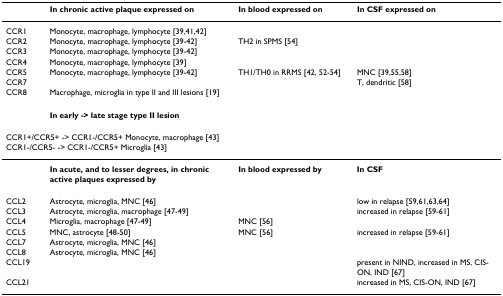
<table><thead><tr><td></td><td><b>In chronic active plaque expressed on</b></td><td><b>In blood expressed on</b></td><td><b>In CSF expressed on</b></td></tr></thead><tbody><tr><td>CCR1</td><td>Monocyte, macrophage, lymphocyte [39,41,42]</td><td></td><td></td></tr><tr><td>CCR2</td><td>Monocyte, macrophage, lymphocyte [39-42]</td><td>TH2 in SPMS [54]</td><td></td></tr><tr><td>CCR3</td><td>Monocyte, macrophage, lymphocyte [39-42]</td><td></td><td></td></tr><tr><td>CCR4</td><td>Monocyte, macrophage, lymphocyte [39]</td><td></td><td></td></tr><tr><td>CCR5</td><td>Monocyte, macrophage, lymphocyte [39-42]</td><td>TH1/TH0 in RRMS [42, 52-54]</td><td>MNC [39,55,58]</td></tr><tr><td>CCR7</td><td></td><td></td><td>T, dendritic [58]</td></tr><tr><td>CCR8</td><td>Macrophage, microglia in type II and III lesions [19]</td><td></td><td></td></tr><tr><td></td><td><b>In early -&gt; late stage type II lesion</b></td><td></td><td></td></tr><tr><td colspan="2">CCR1+/CCR5+ -&gt; CCR1-/CCR5+ Monocyte, macrophage [43]</td><td></td><td></td></tr><tr><td colspan="2">CCR1-/CCR5- -&gt; CCR1-/CCR5+ Microglia [43]</td><td></td><td></td></tr><tr><td></td><td><b>In acute, and to lesser degrees, in chronic active plaques expressed by</b></td><td><b>In blood expressed by</b></td><td><b>In CSF</b></td></tr><tr><td>CCL2</td><td>Astrocyte, microglia, MNC [46]</td><td></td><td>low in relapse [59,61,63,64]</td></tr><tr><td>CCL3</td><td>Astrocyte, microglia, macrophage [47-49]</td><td></td><td>increased in relapse [59-61]</td></tr><tr><td>CCL4</td><td>Microglia, macrophage [47-49]</td><td>MNC [56]</td><td></td></tr><tr><td>CCL5</td><td>MNC, astrocyte [48-50]</td><td>MNC [56]</td><td>increased in relapse [59-61]</td></tr><tr><td>CCL7</td><td>Astrocyte, microglia, MNC [46]</td><td></td><td></td></tr><tr><td>CCL8</td><td>Astrocyte, microglia, MNC [46]</td><td></td><td></td></tr><tr><td>CCL19</td><td></td><td></td><td>present in NIND, increased in MS, CIS-ON, IND [67]</td></tr><tr><td>CCL21</td><td></td><td></td><td>increased in MS, CIS-ON, IND [67]</td></tr></tbody></table>